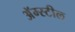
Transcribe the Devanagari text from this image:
अॅम्स्टील